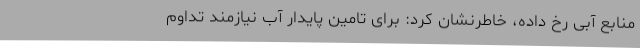
منابع آبی رخ داده، خاطرنشان کرد: برای تامین پایدار آب نیازمند تداوم